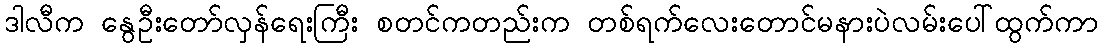
ဒါလီက နွေဦးတော်လှန်ရေးကြီး စတင်ကတည်းက တစ်ရက်လေးတောင်မနားပဲလမ်းပေါ်ထွက်ကာ